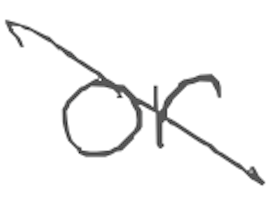
Text: or
Cross-out: diagonal
Writing tool: digital_gray